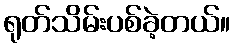
ရုတ်သိမ်းပစ်ခဲ့တယ်။